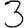
Digit: 3